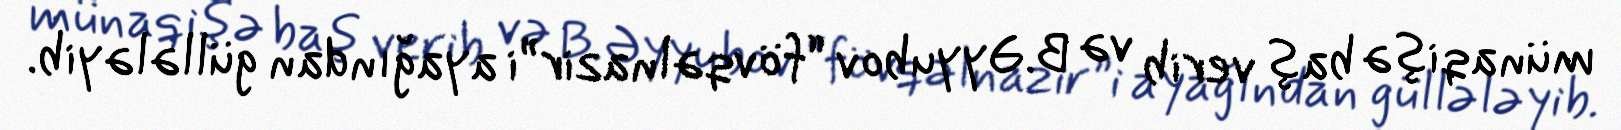
münaqişə baş verib və B.Əyyubov “fövqəlnazir”i ayağından güllələyib.